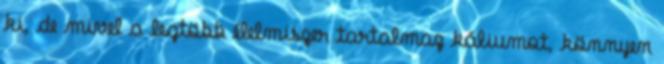
ki, de mivel a legtöbb élelmiszer tartalmaz káliumot, könnyen